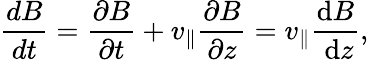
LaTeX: \frac{dB}{dt}=\frac{\partial B}{\partial t}+v_{\| }\frac{\partial B}{\partial z}=v_{\| }\frac{\mathrm{d}B}{\mathrm{~d}z},